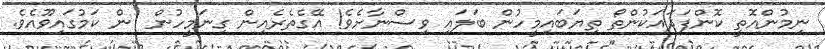
ނިމުންއޮތީ ކޮންފަދައަކުންތޯ ތިޔަބައިމީހުން ބަލައި ވިސްނާށެވެ! އޭގެތެރެއިން ގިނަމީހުން  ން ކަމުގައިވޫއެވެ.